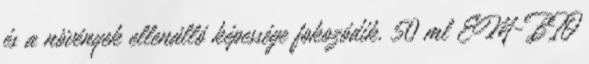
és a növények ellenálló képessége fokozódik. 50 ml EM-BIO